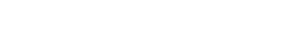
အားလုံးသိပြီးသားဖြစ်ပါလိမ့်မယ်။